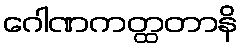
ဂေါဏကတ္ထတာနိ